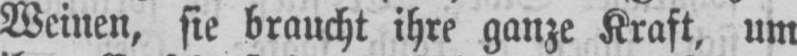
Weinen, sie braucht ihre ganze Kraft, um